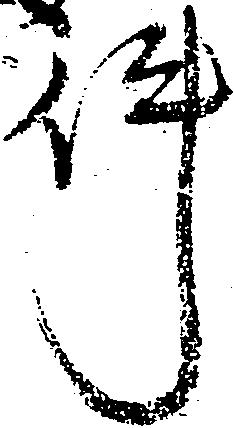
件